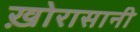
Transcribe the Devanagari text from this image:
ख़ोरासानी